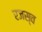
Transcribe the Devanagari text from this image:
रजस्व